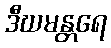
ဒီဃမန္တရေ